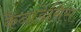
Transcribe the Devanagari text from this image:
कैनाडेंसिस